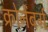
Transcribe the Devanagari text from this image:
क्रोनेंबर्ग